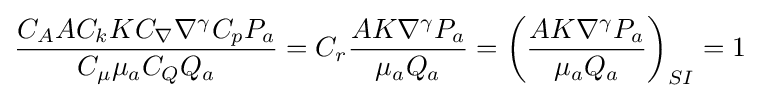
{\frac {C_{A}AC_{k}KC_{\nabla }\nabla ^{\gamma }C_{p}P_{a}}{C_{\mu }\mu _{a}C_{Q}Q{_{a}}}}=C_{r}{\frac {AK\nabla ^{\gamma }P_{a}}{\mu _{a}Q{_{a}}}}=\left({\frac {AK\nabla ^{\gamma }P_{a}}{\mu _{a}Q{_{a}}}}\right)_{SI}=1